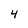
Character: 4